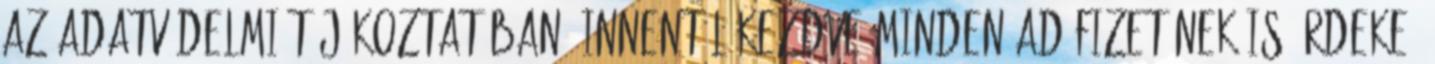
az adatvédelmi tájékoztatóban. Innentől kezdve minden adófizetőnek is érdeke,